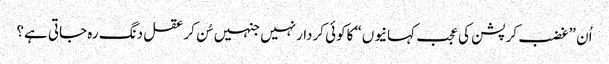
اُن ”غضب کرپشن کی عجب کہانیوں“ کاکوئی کردارنہیں جنہیں سُن کرعقل دنگ رہ جاتی ہے؟